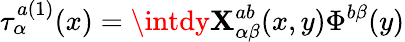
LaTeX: \tau_{\alpha}^{a(1)}(x)=\intdy\mathbf{X}_{\alpha\beta}^{ab}(x,y)\Phi^{b\beta}(y)